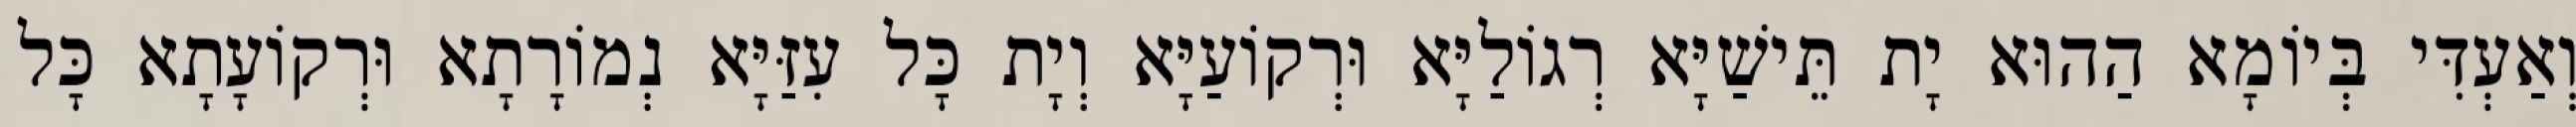
וְאַעְדִּי בְּיוֹמָא הַהוּא יָת תֵּישַׁיָּא רְגוֹלַיָּא וּרְקוֹעַיָּא וְיָת כָּל עִזַּיָּא נְמוֹרָתָא וּרְקוֹעָתָא כָּל